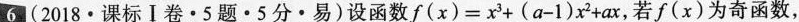
6(2018·课标Ⅰ卷·5题·5分·易)设函数$$f(x)=x^{3}+(a-1)x^{2}+ax$$，若f(x)为奇函数，